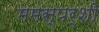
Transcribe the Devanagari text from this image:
ममस्पर्शी